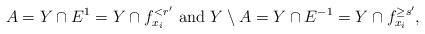
LaTeX: \begin{gather*}A = Y \cap E^1 = Y \cap f^{<r'}_{x_i} \textrm{ and } Y \setminus A = Y \cap E^{-1} = Y \cap f^{\geq s'}_{x_i},\end{gather*}